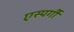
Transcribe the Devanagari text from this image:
एस्पर्गी